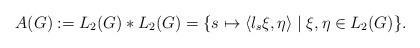
LaTeX: \begin{align*} A(G) := L_2(G) \ast L_2(G) = \{ s \mapsto \langle \l_s \xi, \eta \rangle \mid \xi, \eta \in L_2(G) \}.\end{align*}